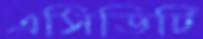
এসিডিটি